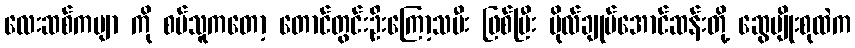
လေးဆစ်ကဗျာ ကို စပ်သူကတော့ တောင်တွင်းဦးကြော့သမီး ဖြစ်ပြီး ဗိုလ်ချုပ်အောင်ဆန်းတို့ ဆွေမျိုးစုထဲက